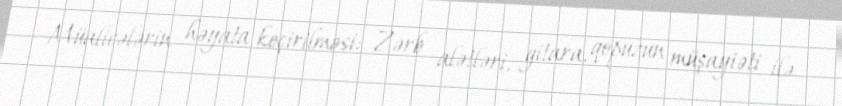
Müalicələrin həyata keçirilməsi: Zərb alətləri, gitara, qopuzun müşayiəti ilə